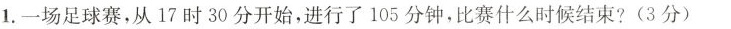
1.一场足球赛，从17时30分开始，进行了105分钟，比赛什么时候结束?(3分)